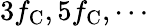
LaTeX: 3f_{\mathrm{C}},5f_{\mathrm{C}},\cdots